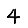
Digit: 4